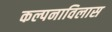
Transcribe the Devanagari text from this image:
कल्पनाविलास